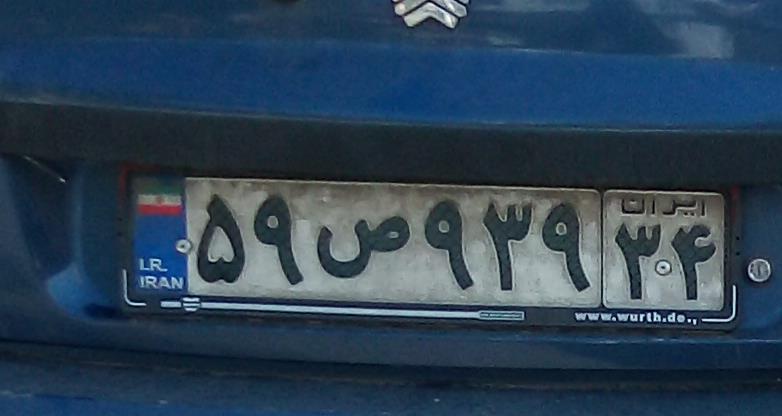
۵۹ص۹۳۹۳۴